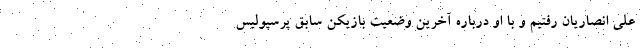
علی انصاریان رفتیم و با او درباره آخرین وضعیت بازیکن سابق پرسپولیس